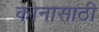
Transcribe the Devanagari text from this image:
कोनासाठी